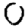
Digit: 0